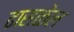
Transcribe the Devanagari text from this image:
ढासळेल